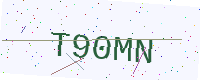
Text: T90MN